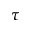
\tau